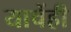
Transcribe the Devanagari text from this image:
याचेंही